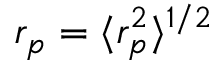
r _ { p } = \langle r _ { p } ^ { 2 } \rangle ^ { 1 / 2 }